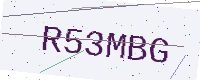
Text: R53MBG